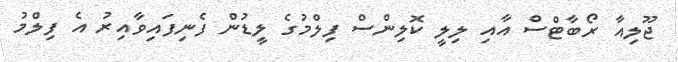
ޖޫލިއާ ރޯބާޓްސް އާއި ލިލީ ކޮލިންސް ފިލްމުގެ ލީޑުން ފެނިފައިވާއިރު އެ ފިލްމު